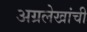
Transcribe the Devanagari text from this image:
अग्रलेखांची